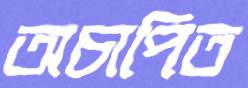
অচাপিত